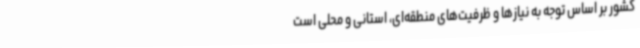
کشور بر اساس توجه به نیازها و ظرفیت‌های منطقه‌ای، استانی و محلی است